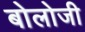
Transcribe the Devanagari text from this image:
बोलोजी